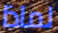
لماذا